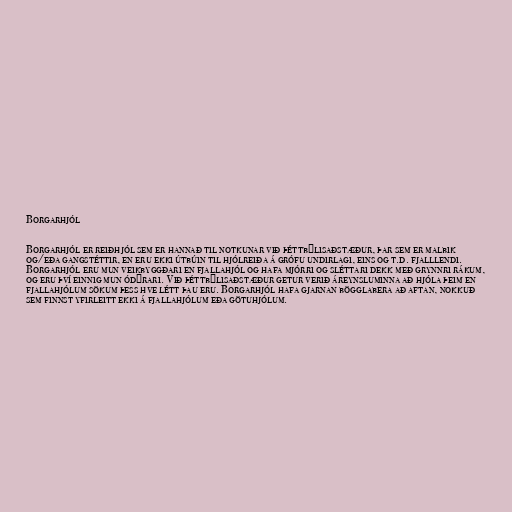
Borgarhjól

Borgarhjól er reiðhjól sem er hannað til notkunar við þéttbýlisaðstæður, þar sem er malbik
og/eða gangstéttir, en eru ekki útbúin til hjólreiða á grófu undirlagi, eins og t.d. fjalllendi.
Borgarhjól eru mun veikbyggðari en fjallahjól og hafa mjórri og sléttari dekk með grynnri rákum,
og eru því einnig mun ódýrari. Við þéttbýlisaðstæður getur verið áreynsluminna að hjóla þeim en
fjallahjólum sökum þess hve létt þau eru. Borgarhjól hafa gjarnan bögglabera að aftan, nokkuð
sem finnst yfirleitt ekki á fjallahjólum eða götuhjólum.